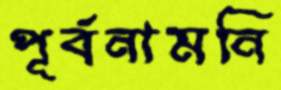
পূর্বনামনি